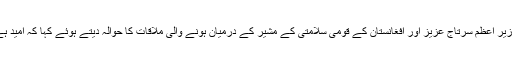
اعزاز چوہدری نے حال ہی میں لندن میں مشیر خارجہ برائے وزیر اعظم سرتاج عزیز اور افغانستان کے قومی سلامتی کے مشیر کے درمیان ہونے والی ملاقات کا حوالہ دیتے ہوئے کہا کہ امید ہے کہ اس سے اسلام آباد اور کابل کے درمیان قربتیں بڑھیں گی۔